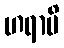
ဟရာမိ